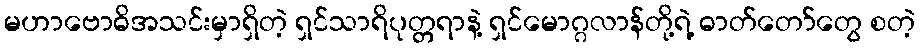
မဟာဗောဓိအသင်းမှာရှိတဲ့ ရှင်သာရိပုတ္တရာနဲ့ ရှင်မောဂ္ဂလာန်တို့ရဲ့ ဓာတ်တော်တွေ စတဲ့